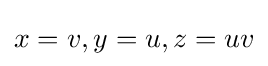
x=v,y=u,z=uv